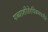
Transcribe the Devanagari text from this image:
पच्चाशीतेरधिकमपनीते